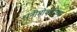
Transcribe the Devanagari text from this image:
शनीभोवतीच्या